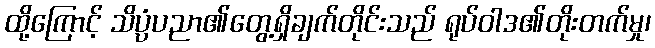
ထို့ကြောင့် သိပ္ပံပညာ၏တွေ့ရှိချက်တိုင်းသည် ရုပ်ဝါဒ၏တိုးတက်မှု၊